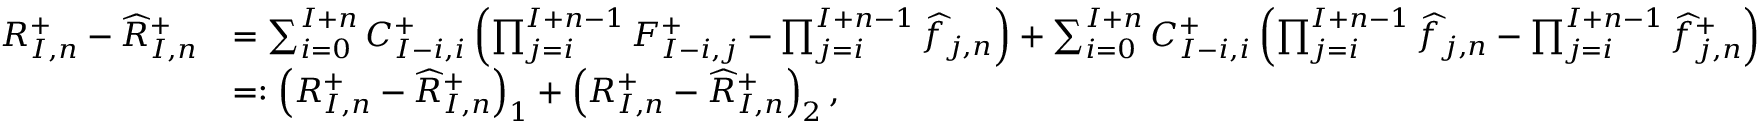
\begin{array} { r l } { R _ { I , n } ^ { + } - \widehat { R } _ { I , n } ^ { + } } & { = \sum _ { i = 0 } ^ { I + n } C _ { I - i , i } ^ { + } \left( \prod _ { j = i } ^ { I + n - 1 } F _ { I - i , j } ^ { + } - \prod _ { j = i } ^ { I + n - 1 } \widehat { f } _ { j , n } \right) + \sum _ { i = 0 } ^ { I + n } C _ { I - i , i } ^ { + } \left( \prod _ { j = i } ^ { I + n - 1 } \widehat { f } _ { j , n } - \prod _ { j = i } ^ { I + n - 1 } \widehat { f } _ { j , n } ^ { + } \right) } \\ & { = : \left( R _ { I , n } ^ { + } - \widehat { R } _ { I , n } ^ { + } \right) _ { 1 } + \left( R _ { I , n } ^ { + } - \widehat { R } _ { I , n } ^ { + } \right) _ { 2 } , } \end{array}